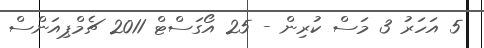
5 އަހަރު 3 މަސް ކުރިން - 25 އޯގަސްޓް 2011 ޗެމްޕިއަންސް